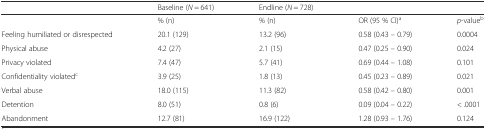
|  | Baseline (N = 641) | Endline (N = 728) |  |  |
 | --- | --- | --- | --- | --- |
 |  | % (n) | % (n) | OR (95 % CI)a | p-valueb |
 | Feeling humiliated or disrespected | 20.1 (129) | 13.2 (96) | 0.58 (0.43 – 0.79) | 0.0004 |
 | Physical abuse | 4.2 (27) | 2.1 (15) | 0.47 (0.25 – 0.90) | 0.024 |
 | Privacy violated | 7.4 (47) | 5.7 (41) | 0.69 (0.44 – 1.08) | 0.101 |
 | Confidentiality violatedc | 3.9 (25) | 1.8 (13) | 0.45 (0.23 – 0.89) | 0.021 |
 | Verbal abuse | 18.0 (115) | 11.3 (82) | 0.58 (0.42 – 0.80) | 0.001 |
 | Detention | 8.0 (51) | 0.8 (6) | 0.09 (0.04 – 0.22) | < .0001 |
 | Abandonment | 12.7 (81) | 16.9 (122) | 1.28 (0.93 – 1.76) | 0.124 |